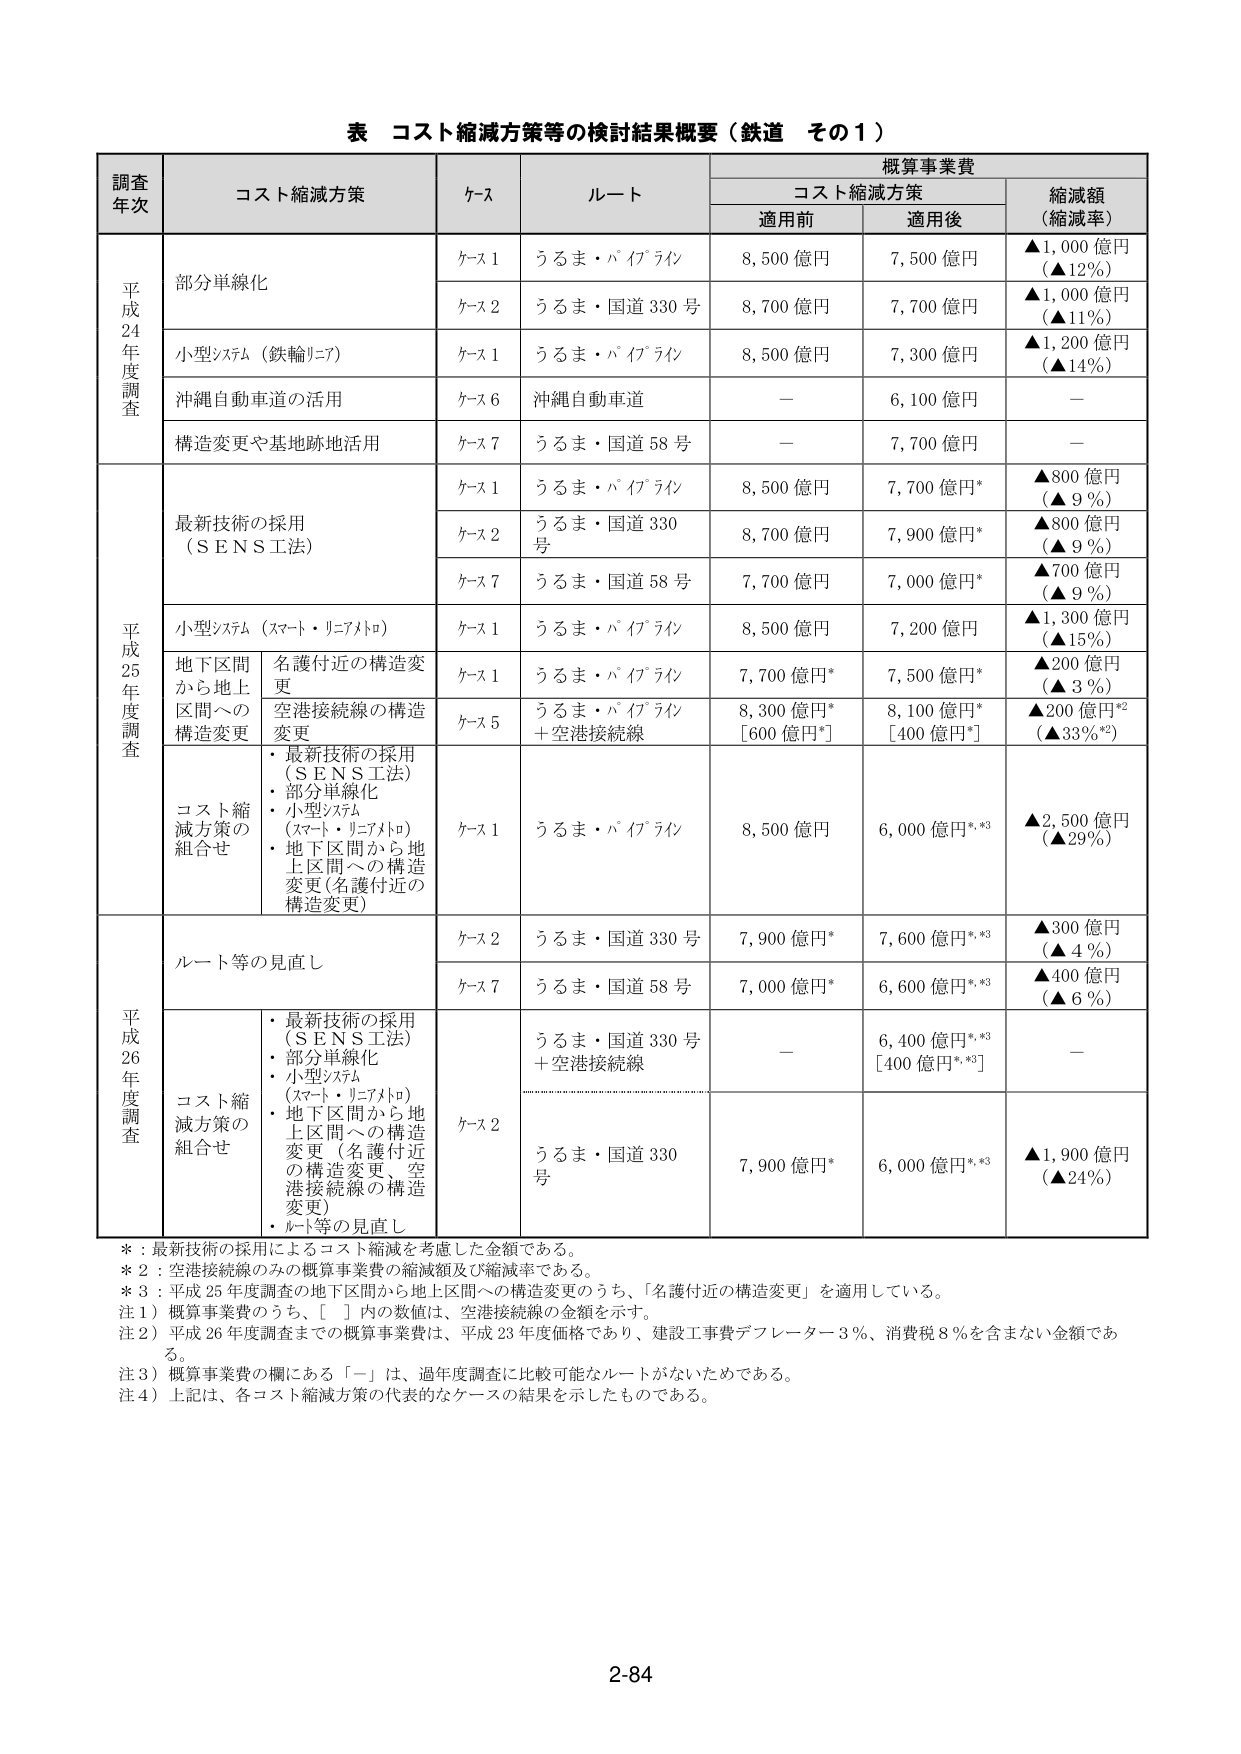
表 コスト縮減方策等の検討結果概要（鉄道 その１）

調査年次	コスト縮減方策	ケース	ルート	概算事業費	縮減額（縮減率）
		コス卜縮減方策	適用前	適用後
平成24年度調査	部分単線化	ケース1	うるま・バイブライン	8,500億円	7,500億円	▲1,000億円（▲12％）
		ケース2	うるま・国道330号	8,700億円	7,700億円	▲1,000億円（▲11％）
		小型システム（鉄輪リニア）	ケース1	うるま・バイブライン	8,500億円	7,300億円	▲1,200億円（▲14％）
		沖縄自動車道の活用	ケース6	沖縄自動車道	－	6,100億円	－
		構造変更や基地跡地活用	ケース7	うるま・国道58号	－	7,700億円	－
平成25年度調査	最新技術の採用（ＳＥＮＳ工法）	ケース1	うるま・バイブライン	8,500億円	7,700億円*	▲800億円（▲9％）
		ケース2	うるま・国道330号	8,700億円	7,900億円*	▲800億円（▲9％）
		ケース7	うるま・国道58号	7,700億円	7,000億円*	▲700億円（▲9％）
		小型システム（スマート・リニアトロ）	ケース1	うるま・バイブライン	8,500億円	7,200億円	▲1,300億円（▲15％）
		地下区間から地上区間への構造変更	名護付近の構造変更	ケース1	うるま・バイブライン	7,700億円*	7,500億円*	▲200億円（▲3％）
		空港接続線の構造変更	ケース5	うるま・バイブライン＋空港接続線	8,300億円*[600億円*]	8,100億円*[400億円*]	▲200億円*2（▲33％*2）
		コスト縮減方策の組合せ	・最新技術の採用（ＳＥＮＳ工法）・部分単線化・小型システム（スマート・リニアトロ）・地下区間から地上区間への構造変更（名護付近の構造変更）	ケース1	うるま・バイブライン	8,500億円	6,000億円*.*3	▲2,500億円（▲29％）
平成26年度調査	ルート等の見直し	ケース2	うるま・国道330号	7,900億円*	7,600億円*.*3	▲300億円（▲4％）
		ケース7	うるま・国道58号	7,000億円*	6,600億円*.*3	▲400億円（▲6％）
		コスト縮減方策の組合せ	・最新技術の採用（ＳＥＮＳ工法）・部分単線化・小型システム（スマート・リニアトロ）・地下区間から地上区間への構造変更（名護付近の構造変更、空港接続線の構造変更）・ルート等の見直し	ケース2	うるま・国道330号＋空港接続線	－	6,400億円*.*3[400億円*.*3]	－
		ケース2	うるま・国道330号	7,900億円*	6,000億円*.*3	▲1,900億円（▲24％）

＊：最新技術の採用によるコスト縮減を考慮した金額である。
＊2：空港接続線のみの概算事業費の縮減額及び縮減率である。
＊3：平成25年度調査の地下区間から地上区間への構造変更のうち、「名護付近の構造変更」を適用している。
注1）概算事業費のうち、[ ]内の数値は、空港接続線の金額を示す。
注2）平成26年度調査までの概算事業費は、平成23年度価格であり、建設工事費デフレーター3％、消費税8％を含まない金額である。
注3）概算事業費の欄にある「－」は、過年度調査に比較可能なルートがないためである。
注4）上記は、各コスト縮減方策の代表的なケースの結果を示したものである。

2-84